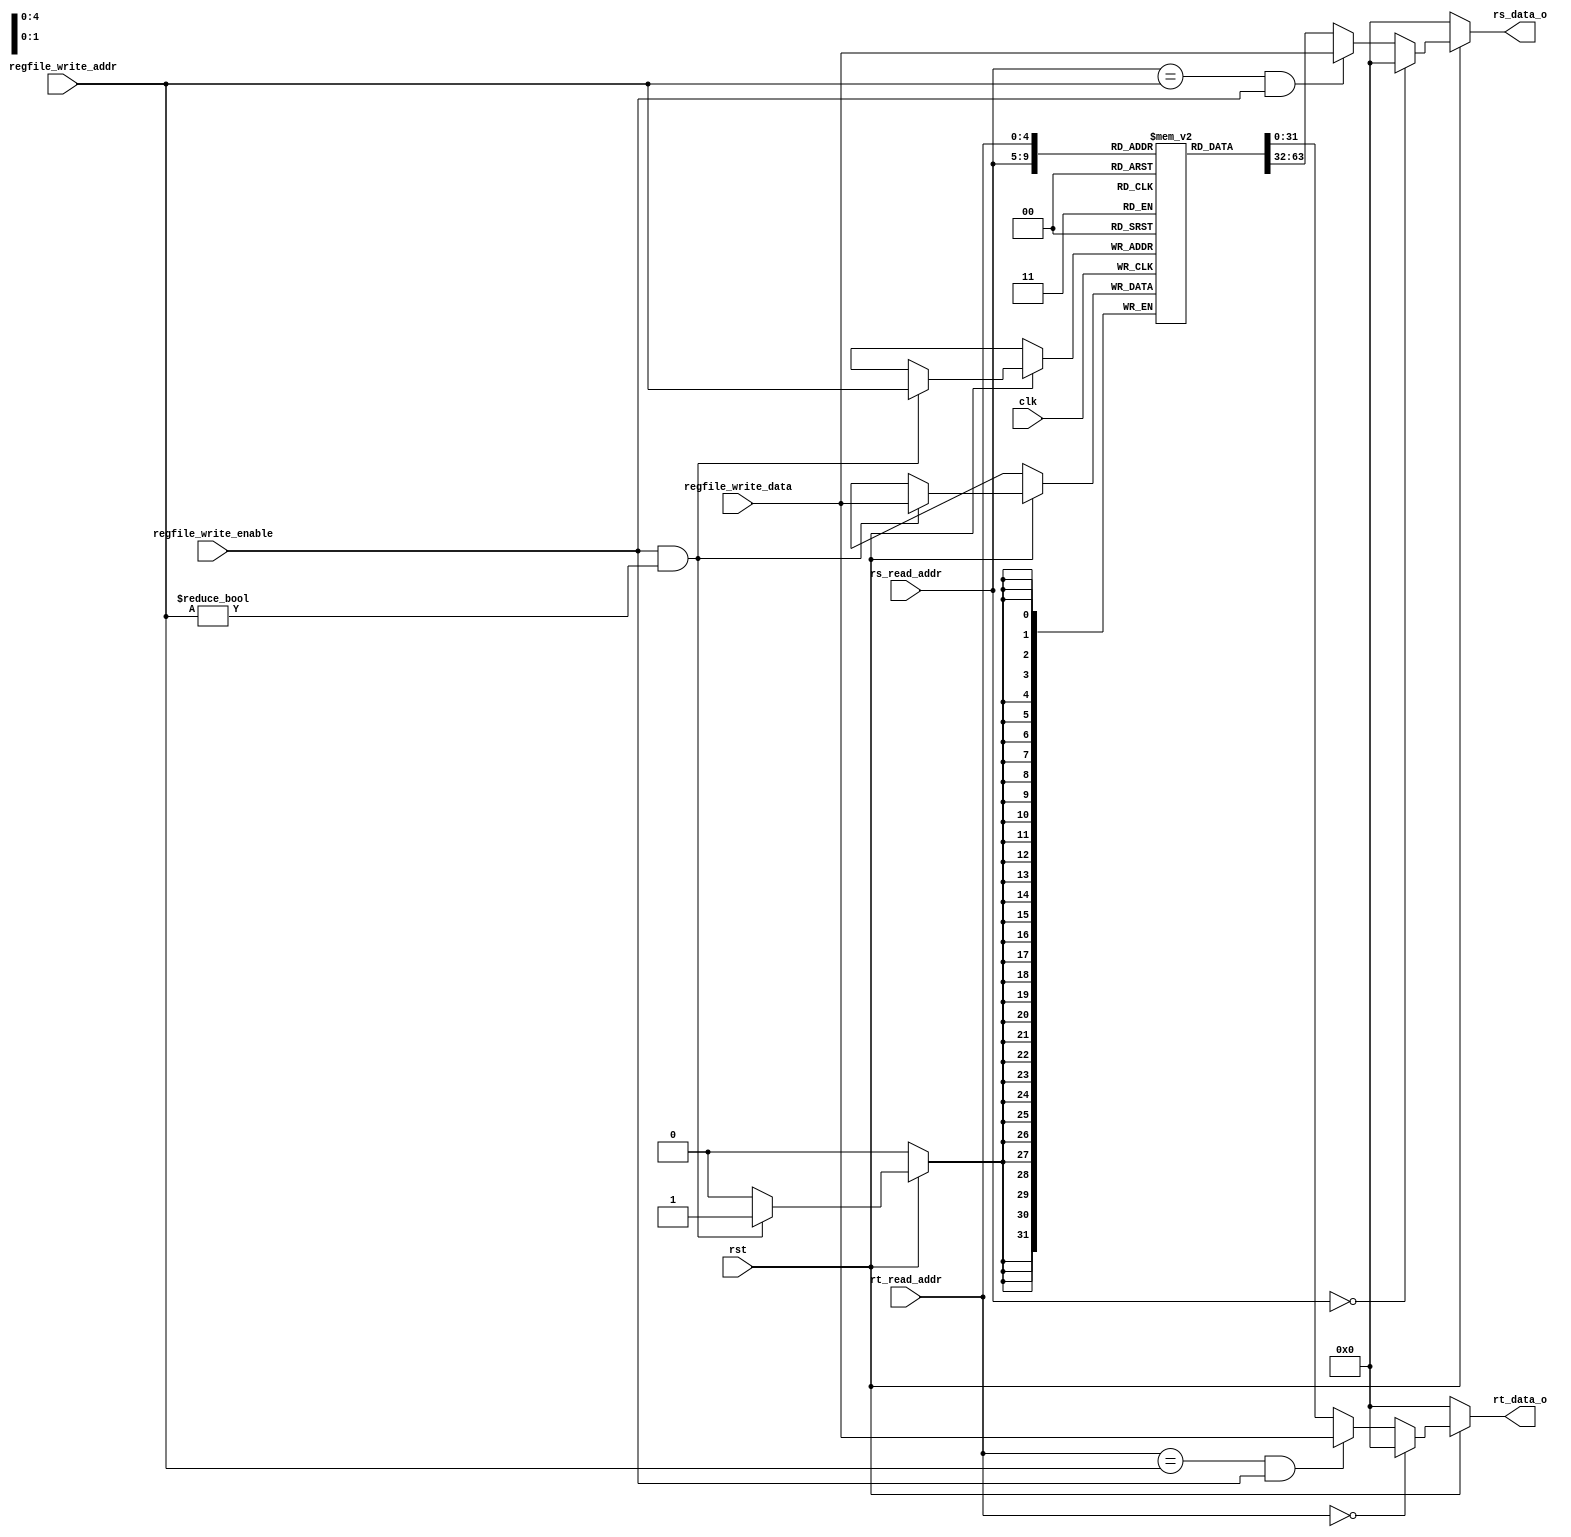
module regfile(
    input                   clk,
    input                   rst,
    input                   regfile_write_enable,
    input  [4:0]            regfile_write_addr,
    input  [31:0]           regfile_write_data,
    input  [4:0]            rs_read_addr,
    input  [4:0]            rt_read_addr,

    output reg [31:0]       rs_data_o,
    output reg [31:0]       rt_data_o
);

reg [31:0] regfile [31:0];

always @ (posedge clk) begin
    if(rst == 1'b1)
        if(regfile_write_enable == 1'b1 && regfile_write_addr != 5'h0) 
            regfile[regfile_write_addr] = regfile_write_data;
end
    
always @ (*) begin
    if(rst == 1'b0)
        rs_data_o <= 32'h0;
    else if(rs_read_addr == 5'h0)
        rs_data_o <= 32'h0;
    else if(rs_read_addr == regfile_write_addr && regfile_write_enable == 1'b1)
        rs_data_o <= regfile_write_data;
    else
        rs_data_o <= regfile[rs_read_addr];
end 

always @ (*) begin
    if(rst == 1'b0)
        rt_data_o <= 32'h0;
    else if(rt_read_addr == 5'h0)
        rt_data_o <= 32'h0;
    else if(rt_read_addr == regfile_write_addr && regfile_write_enable == 1'b1)
        rt_data_o <= regfile_write_data;
    else
        rt_data_o <= regfile[rt_read_addr];
end 
endmodule